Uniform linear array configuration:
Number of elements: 12
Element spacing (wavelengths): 0.25
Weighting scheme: exponential
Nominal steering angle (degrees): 0
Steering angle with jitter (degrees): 0.9804
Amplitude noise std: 0.05
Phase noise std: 0.05

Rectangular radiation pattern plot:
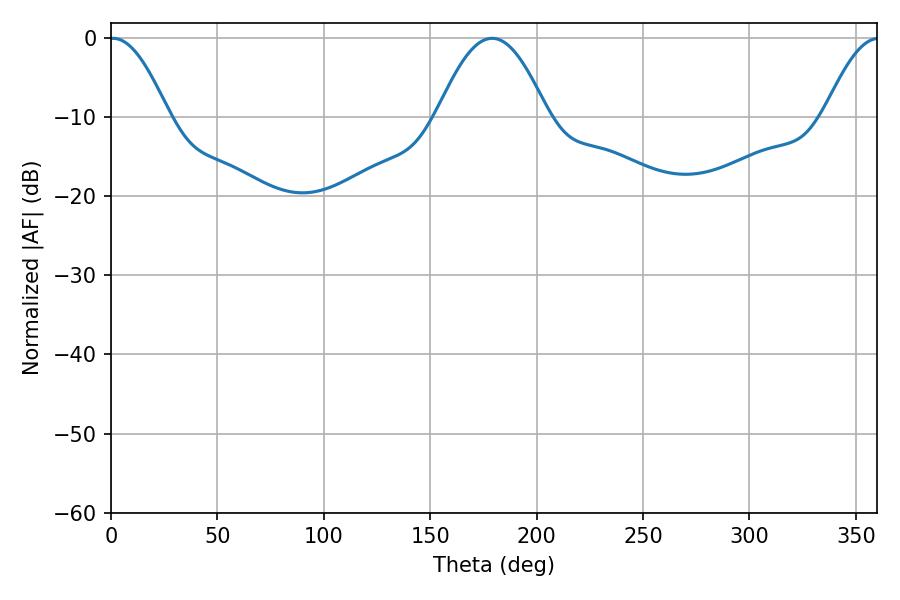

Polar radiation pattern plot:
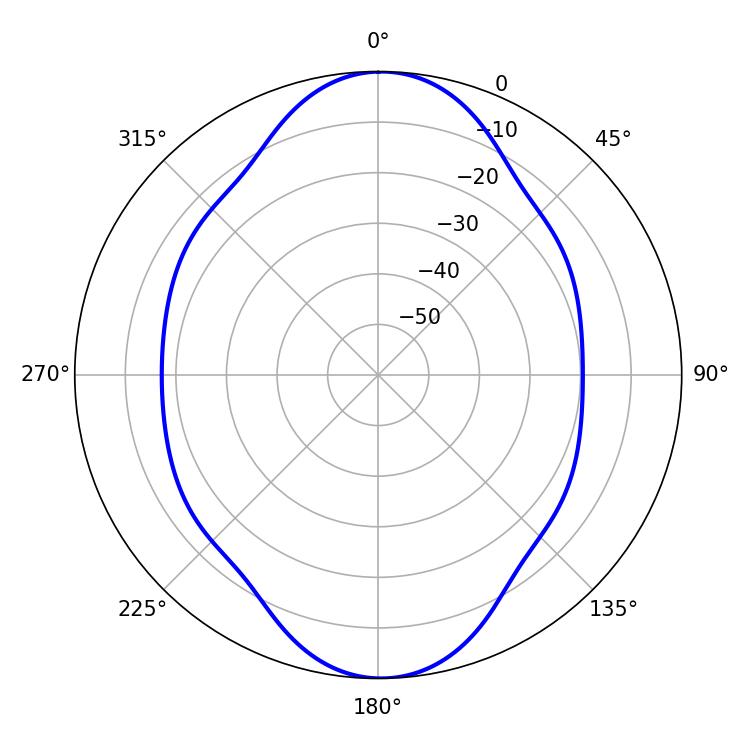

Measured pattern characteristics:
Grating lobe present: FALSE
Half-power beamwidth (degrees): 14.94
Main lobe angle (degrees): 0.9